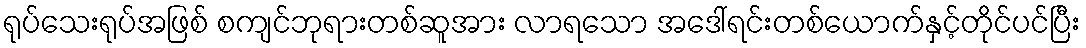
ရုပ်သေးရုပ်အဖြစ် စကျင်ဘုရားတစ်ဆူအား လာရသော အဒေါ်ရင်းတစ်ယောက်နှင့်တိုင်ပင်ပြီး